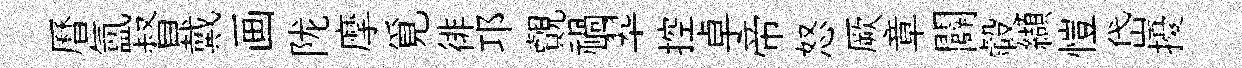
曆氲督戴画陇摩覓徘邛覿禍翆控卓帝怒厥章闢轂纈愷岱擾